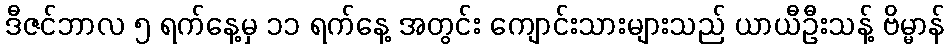
ဒီဇင်ဘာလ ၅ ရက်နေ့မှ ၁၁ ရက်နေ့ အတွင်း ကျောင်းသားများသည် ယာယီဦးသန့် ဗိမ္မာန်